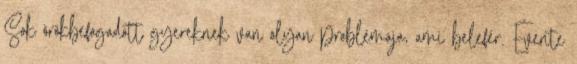
Sok örökbefogadott gyereknek van olyan problémája, ami belefér. Évente